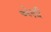
એણી